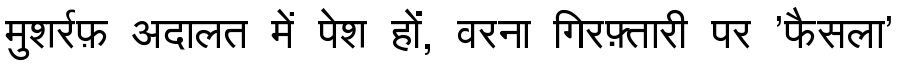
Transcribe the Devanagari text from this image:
मुशर्रफ़ अदालत में पेश हों, वरना गिरफ़्तारी पर 'फैसला'